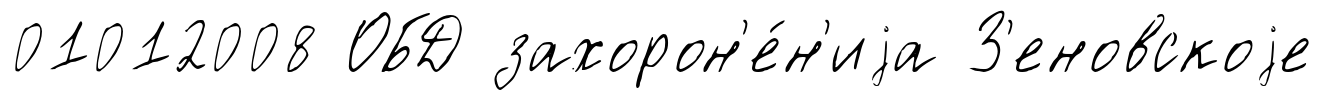
01012008 ОБД захорон'е́н'иjа З'еновскоjе